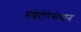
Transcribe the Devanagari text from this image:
मग्नेटोरेसेप्शन